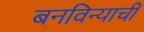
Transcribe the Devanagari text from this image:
बनविन्याची